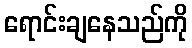
ရောင်းချနေသည်ကို